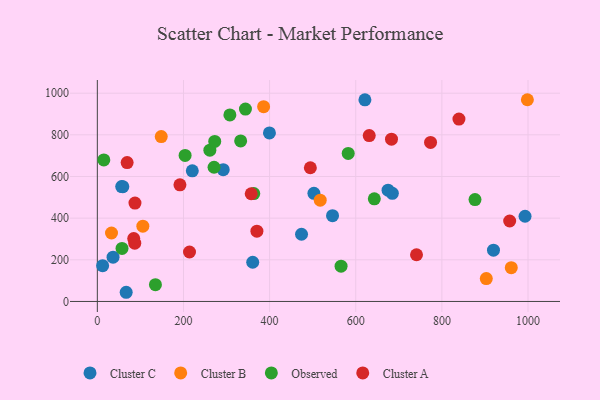
{"axis": {"x": "Study Hours", "y": "Yield"}, "legend": ["Cluster A", "Cluster B", "Cluster C", "Observed"], "data": [{"x": "59.2", "y": 551.0, "type": "Cluster C"}, {"x": "502.9", "y": 519.4, "type": "Cluster C"}, {"x": "360.8", "y": 188.3, "type": "Cluster C"}, {"x": "546.1", "y": 412.0, "type": "Cluster C"}, {"x": "67.0", "y": 44.1, "type": "Cluster C"}, {"x": "56.6", "y": 551.7, "type": "Cluster C"}, {"x": "685.0", "y": 519.2, "type": "Cluster C"}, {"x": "12.3", "y": 171.7, "type": "Cluster C"}, {"x": "399.6", "y": 809.2, "type": "Cluster C"}, {"x": "919.8", "y": 246.1, "type": "Cluster C"}, {"x": "220.5", "y": 627.1, "type": "Cluster C"}, {"x": "993.1", "y": 409.1, "type": "Cluster C"}, {"x": "621.3", "y": 968.0, "type": "Cluster C"}, {"x": "292.3", "y": 632.9, "type": "Cluster C"}, {"x": "474.1", "y": 322.7, "type": "Cluster C"}, {"x": "36.5", "y": 212.8, "type": "Cluster C"}, {"x": "675.0", "y": 534.2, "type": "Cluster C"}, {"x": "903.1", "y": 110.1, "type": "Cluster B"}, {"x": "386.1", "y": 935.2, "type": "Cluster B"}, {"x": "517.5", "y": 486.3, "type": "Cluster B"}, {"x": "32.9", "y": 328.7, "type": "Cluster B"}, {"x": "998.5", "y": 968.6, "type": "Cluster B"}, {"x": "961.1", "y": 162.1, "type": "Cluster B"}, {"x": "148.4", "y": 791.9, "type": "Cluster B"}, {"x": "105.7", "y": 361.6, "type": "Cluster B"}, {"x": "203.8", "y": 701.2, "type": "Observed"}, {"x": "582.5", "y": 711.0, "type": "Observed"}, {"x": "57.3", "y": 254.6, "type": "Observed"}, {"x": "363.2", "y": 517.8, "type": "Observed"}, {"x": "565.9", "y": 169.3, "type": "Observed"}, {"x": "134.9", "y": 80.4, "type": "Observed"}, {"x": "271.0", "y": 644.4, "type": "Observed"}, {"x": "332.8", "y": 770.8, "type": "Observed"}, {"x": "343.9", "y": 923.7, "type": "Observed"}, {"x": "307.8", "y": 895.8, "type": "Observed"}, {"x": "15.1", "y": 679.5, "type": "Observed"}, {"x": "261.3", "y": 726.6, "type": "Observed"}, {"x": "272.6", "y": 768.6, "type": "Observed"}, {"x": "643.1", "y": 492.8, "type": "Observed"}, {"x": "876.9", "y": 489.4, "type": "Observed"}, {"x": "87.4", "y": 472.4, "type": "Cluster A"}, {"x": "683.0", "y": 779.3, "type": "Cluster A"}, {"x": "357.3", "y": 517.1, "type": "Cluster A"}, {"x": "839.6", "y": 875.7, "type": "Cluster A"}, {"x": "214.0", "y": 237.5, "type": "Cluster A"}, {"x": "69.2", "y": 666.7, "type": "Cluster A"}, {"x": "84.5", "y": 301.7, "type": "Cluster A"}, {"x": "86.9", "y": 279.8, "type": "Cluster A"}, {"x": "773.7", "y": 763.4, "type": "Cluster A"}, {"x": "494.6", "y": 642.0, "type": "Cluster A"}, {"x": "191.8", "y": 559.9, "type": "Cluster A"}, {"x": "370.5", "y": 337.6, "type": "Cluster A"}, {"x": "741.1", "y": 224.2, "type": "Cluster A"}, {"x": "957.4", "y": 386.2, "type": "Cluster A"}, {"x": "631.3", "y": 796.7, "type": "Cluster A"}]}